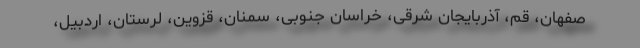
صفهان، قم، آذربایجان شرقی، خراسان جنوبی، سمنان، قزوین، لرستان، اردبیل،